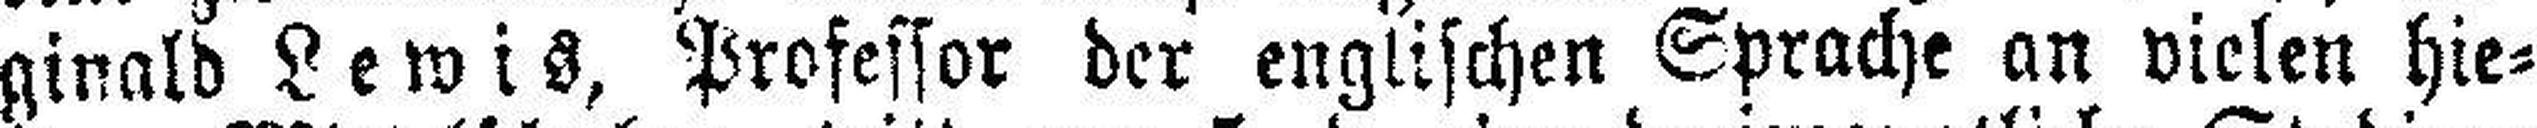
ginald Lewis, Professor der englischen Sprache an vielen hie¬